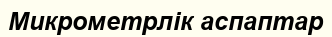
Микрометрлік аспаптар